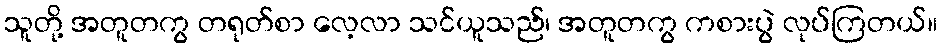
သူတို့ အတူတကွ တရုတ်စာ လေ့လာ သင်ယူသည်၊ အတူတကွ ကစားပွဲ လုပ်ကြတယ်။